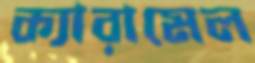
ক্যারামেল